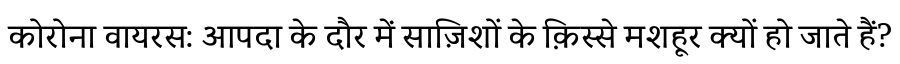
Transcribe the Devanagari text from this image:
कोरोना वायरस: आपदा के दौर में साज़िशों के क़िस्से मशहूर क्यों हो जाते हैं?